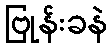
ဗြုန်းခနဲ